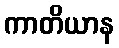
ကာတိယာန